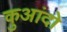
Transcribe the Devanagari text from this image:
कुआंदो